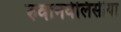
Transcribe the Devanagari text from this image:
रुवानवेलिसीया